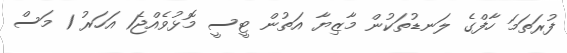
ފުރަތަމަ ހާފްގެ ލަނޑުތަކުން މާޒިޔާ އަތުން ޓީސީ މޮޅުވެއްޖެ1 އަހަރު 1 މަސް